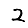
Digit: 2